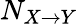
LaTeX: N_{X\rightarrow Y}